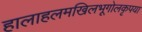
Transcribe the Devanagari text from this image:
हालाहलमखिलभूगोलकृपया